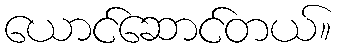
ယောင်ဆောင်တယ်။